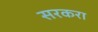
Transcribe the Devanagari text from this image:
सरकरा